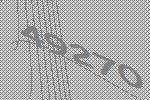
49270